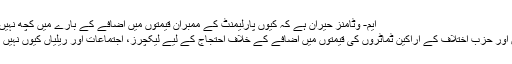
ایم- وٹامنز حیران ہے کہ کیوں پارلیمنٹ کے ممبران قیمتوں میں اضافے کے بارے میں کچھ نہیں کرتے:
پارلیمان اور حزب اختلاف کے اراکین ٹماٹروں کی قیمتوں میں اضافے کے خلاف احتجاج کے لیے لیکچرز، اجتماعات اور ریلیاں کیوں نہیں نکالتے؟